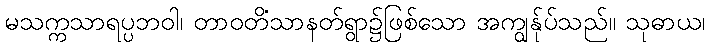
မသက္ကသာရပ္ပဘဝါ၊ တာဝတိံသာနတ်ရွာ၌ဖြစ်သော အကျွန်ုပ်သည်။ သုဓာယ၊